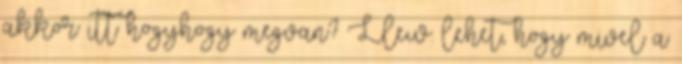
akkor itt hogyhogy megvan? Llew: lehet, hogy mivel a